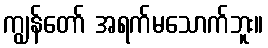
ကျွန်တော် အရက်မသောက်ဘူး။